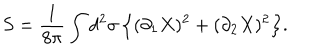
S = \frac { 1 } { 8 \pi } \int d ^ { 2 } \sigma \, \Bigl \{ ( \partial _ { 1 } X ) ^ { 2 } + ( \partial _ { 2 } X ) ^ { 2 } \Bigr \} .